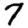
Digit: 7